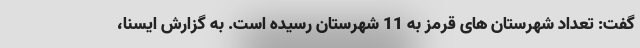
گفت: تعداد شهرستان های قرمز به 11 شهرستان رسیده است. به گزارش ایسنا،